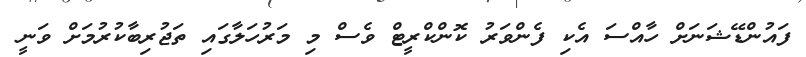
ފައުންޑޭޝަނަށް ހާއްސަ އެކި ފެންވަރު ކޮންކްރީޓް ވެސް މި މަރުހަލާގައި ތަޖުރިބާކުރުމަށް ވަނީ